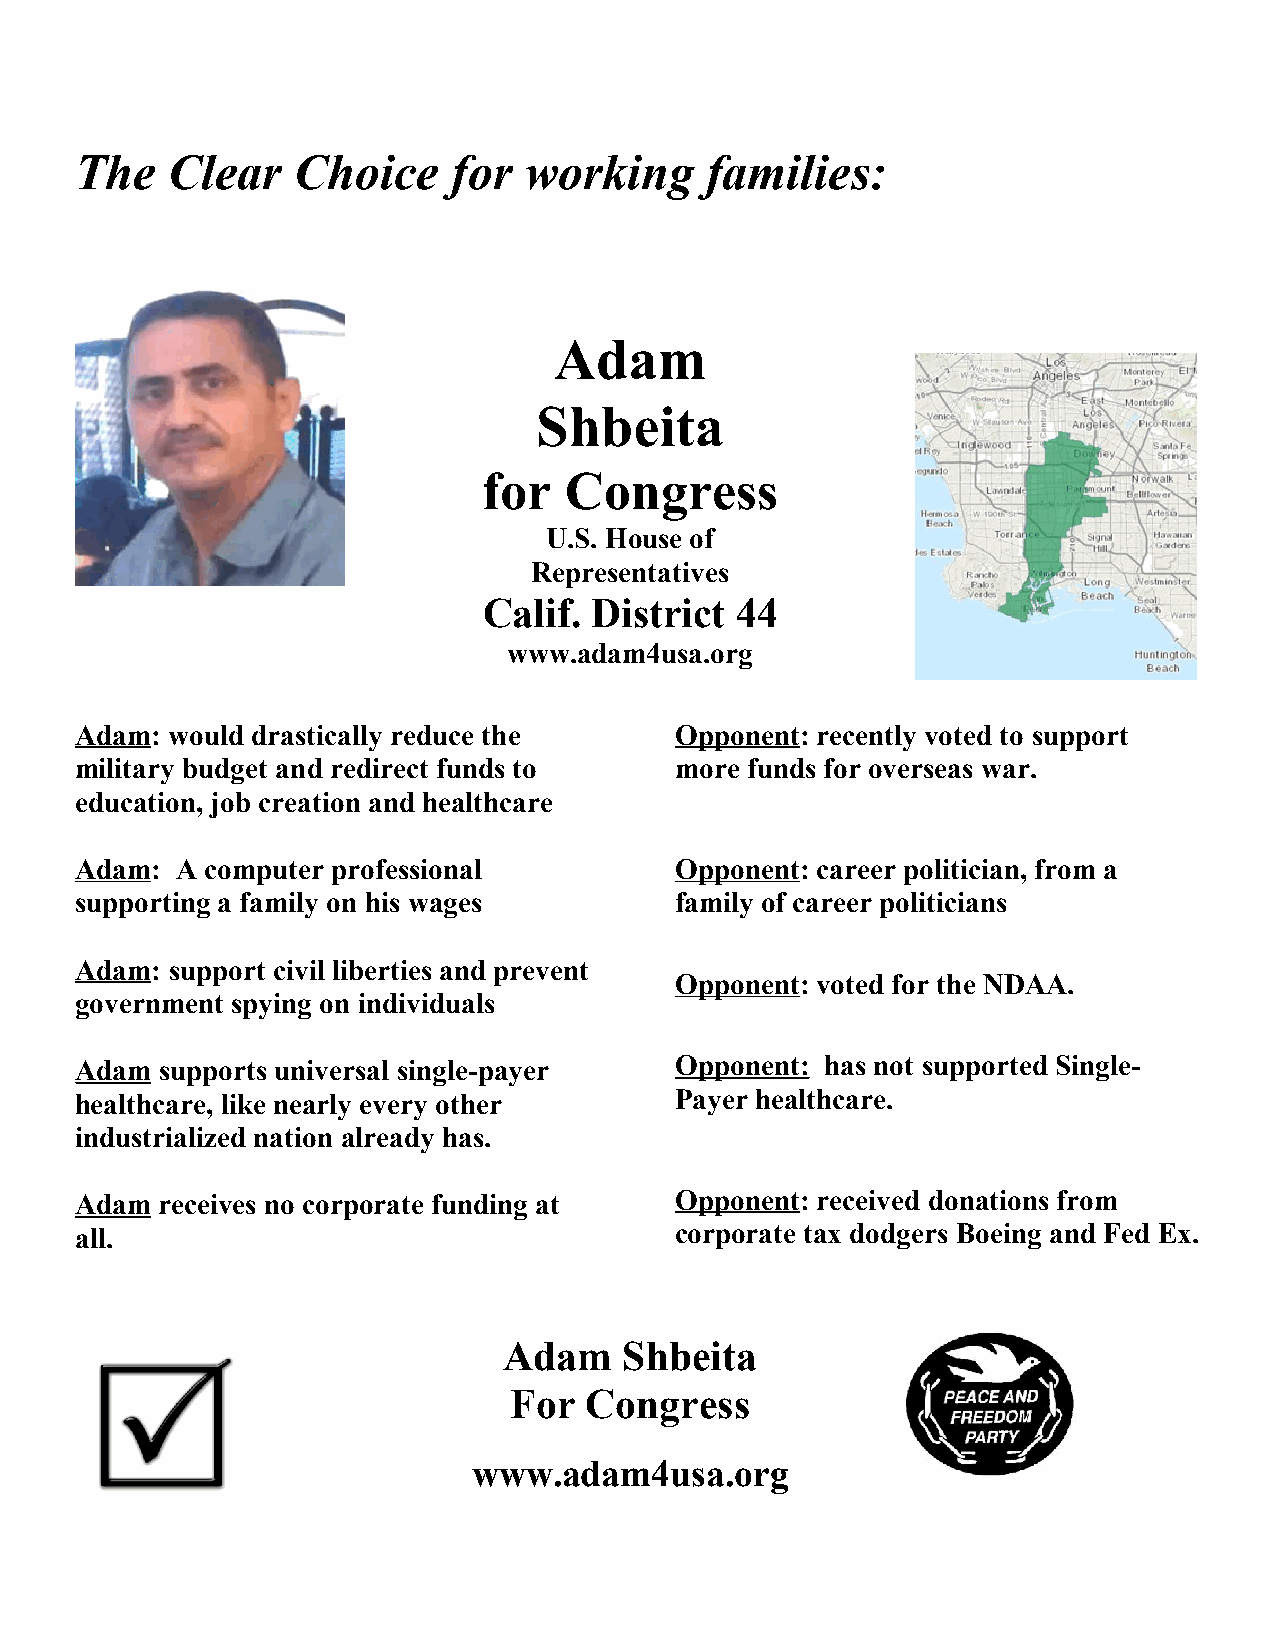
The   Clear   Choice     for  working     families:
 Adam
 Shbeita
 for  Congress
 U.S. House of
 Representatives
 Calif. District  44
 www.adam4usa.org
 Adam: would drastically reduce the      Opponent: recently voted to support
 military budget and redirect funds to   more funds for overseas war.
 education, job creation and healthcare
 Adam:  A computer professional          Opponent: career politician, from a
 supporting a family on his wages        family of career politicians
 A
 Adam: support civil liberties and prevent
 Opponent: voted for the NDAA.
 government spying on individuals
 Adam  supports universal single-payer   Opponent: has not supported Single-
 healthcare, like nearly every other     Payer healthcare.
 industrialized nation already has.
 Adam  receives no corporate funding at  Opponent: received donations from
 all.                                    corporate tax dodgers Boeing and Fed Ex.
 ?
 Adam    Shbeita
 For  Congress
 www.adam4usa.org
 \\\